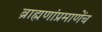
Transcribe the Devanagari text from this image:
ब्राह्मणांप्रमाणेंच